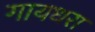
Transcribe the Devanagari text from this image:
गायधरा